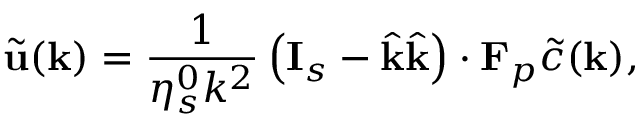
\tilde { \mathbf { u } } ( \mathbf { k } ) = \frac { 1 } { \eta _ { s } ^ { 0 } k ^ { 2 } } \left( \mathbf { I } _ { s } - \hat { \mathbf { k } } \hat { \mathbf { k } } \right) \boldsymbol { \cdot } \mathbf { F } _ { p } \tilde { c } ( \mathbf { k } ) ,